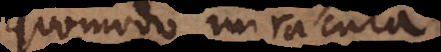
quomodo miracula